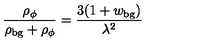
\frac { \rho _ { \phi } } { \rho _ { \mathrm { b g } } + \rho _ { \phi } } = \frac { 3 ( 1 + w _ { \mathrm { b g } } ) } { \lambda ^ { 2 } }